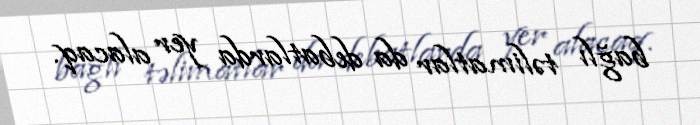
bağlı təlimatlar da debatlarda yer alacaq.